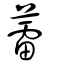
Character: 蕾